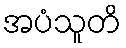
အပံသူတိ